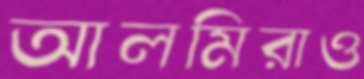
আলমিরাও